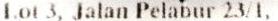
LOT 3, JALAN PELABUR 23/1,